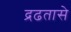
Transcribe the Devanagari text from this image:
द्रढतासे